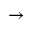
\rightarrow